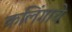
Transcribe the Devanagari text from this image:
कलिंगाचे